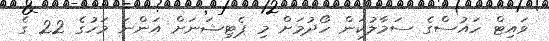
ވައިޓް ހައުސްގެ ސަމާލުކަން ހޯދުމަށް މި ޕެޓިޝަނަށް އަންނަ މަހުގެ 22 ގެ